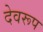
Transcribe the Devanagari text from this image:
देवरूप